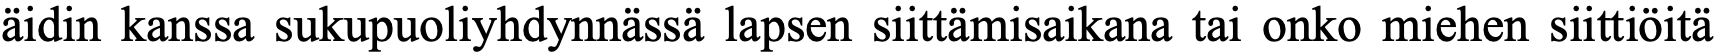
äidin kanssa sukupuoliyhdynnässä lapsen siittämisaikana tai onko miehen siittiöitä